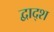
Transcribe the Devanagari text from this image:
द्वाद्श